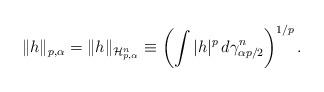
LaTeX: \begin{align*} \|h\|_{p,\alpha} = \|h\|_{\mathcal{H}^n_{p,\alpha}} \equiv \left(\int |h|^p \,d\gamma^n_{\alpha p/2}\right)^{1/p}. \end{align*}